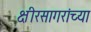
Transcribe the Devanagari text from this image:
क्षीरसागरांच्या